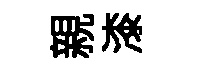
親漆